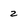
Character: 2